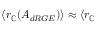
\langle r _ { \mathbb { C } } ( A _ { d R G E } ) \rangle \approx \langle r _ { \mathbb { C } }